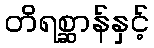
တိရစ္ဆာန်နှင့်